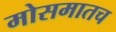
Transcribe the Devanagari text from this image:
मोसमातच